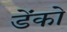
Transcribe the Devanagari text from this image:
डेंको